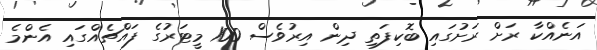
އަނެއްކާ ރަށް ރަށުގައި ބޮކިފަތި ދިން އިރުވެސް 100 މީޓަރުގެ ފައްޗެއްގައި އެންމެ